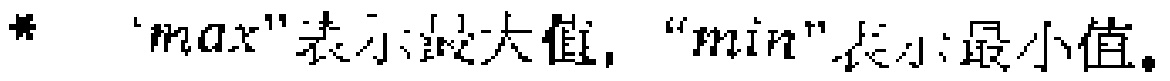
“max”表示最大值，“min”表示最小值。